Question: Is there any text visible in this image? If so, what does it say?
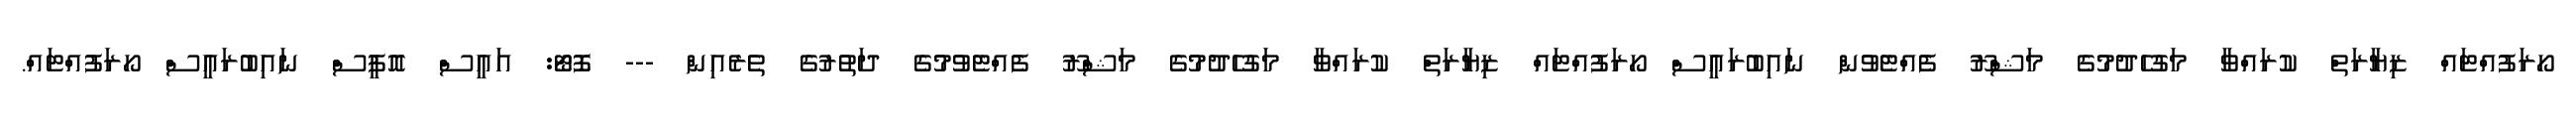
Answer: ހޯރަފުއްޓައް ޒިޔާރަތް ކުރައްވާ މަގުހެދުމުގެ މަޝްރޫ ފެއްޓެވުން ނައިބުރައީސް ހޯރަފުއްޓައް ޒިޔާރަތް ކުރައްވާ މަގުހެދުމުގެ މަޝްރޫ ފެއްޓެވުމުގެ ދަތުރުގެ ތެރެއިން --- ފޮޓޯ: އައީސް އޮފީސް ނައިބުރައީސް ހޯރަފުއްޓައް.